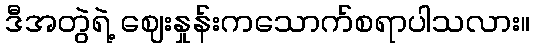
ဒီအတွဲရဲ့ ဈေးနှုန်းကသောက်စရာပါသလား။